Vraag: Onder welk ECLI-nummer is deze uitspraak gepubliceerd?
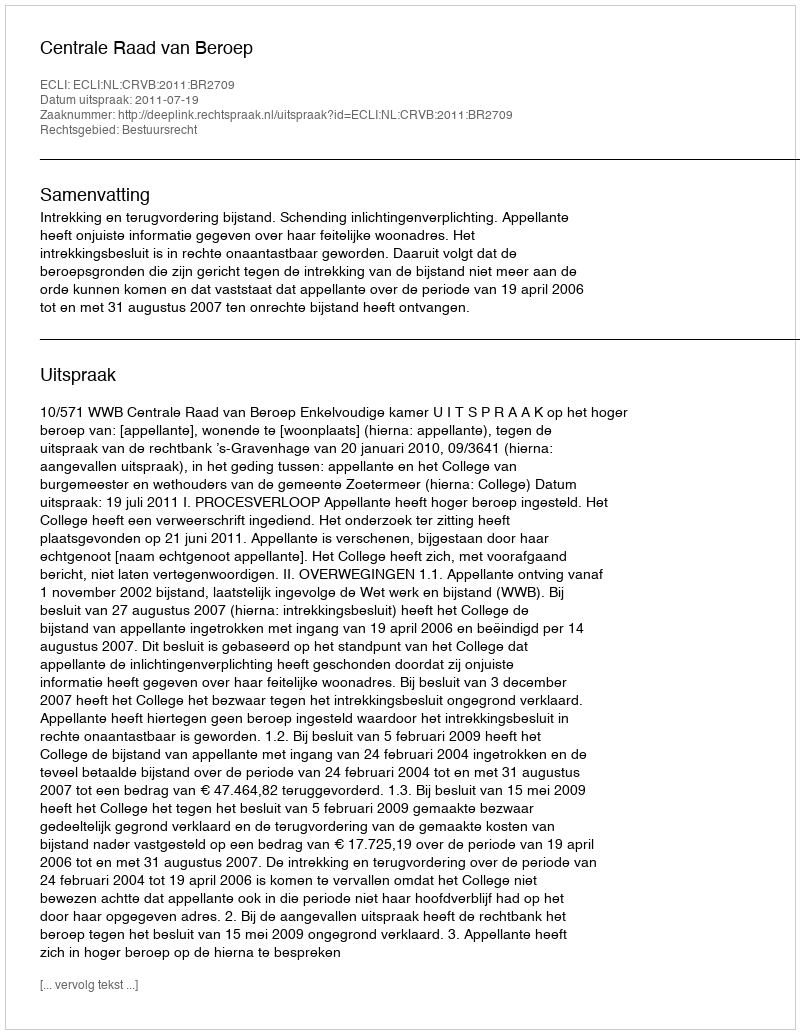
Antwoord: ECLI:NL:CRVB:2011:BR2709